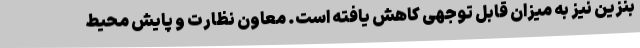
بنزین نیز به میزان قابل توجهی کاهش یافته است. معاون نظارت و پایش محیط